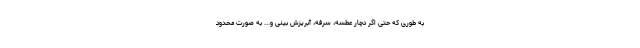
به طوری که حتی اگر دچار عطسه، سرفه، آبریزش بینی و... به صورت محدود